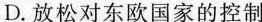
D.放松对东欧国家的控制